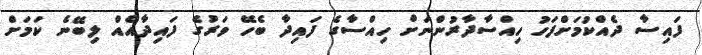
ފައިސާ ދެއްކުމަށްފަހު ހިއްސާދާރުންނަށް ހިއްސާގެ ފައިދާ ބެހޭ ވަރުގެ ފައިދާއެއް ލިބޭނެ ކަމަށް